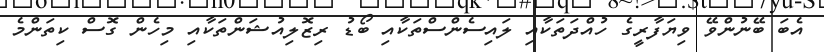
އެބަ ބޭނުންވޭ ވިޔަފާރީގެ ހުއްދަތަކާއި ލައިސެންސްތަކާއި ބޯޑު ރިޒޮލިއުޝަންތަކާއި މިހެން ގޮސް ކިތަންމެ